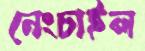
নেংচাইল